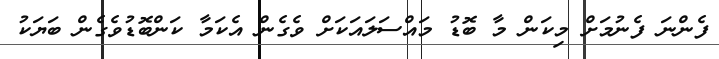
ފެންނަ ފެނުމަށް މިކަން މާ ބޮޑު މައްސަލައަކަށް ވެގެން އެކަމާ ކަންބޮޑުވެގެން ބަޔަކު